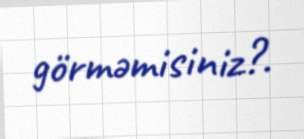
görməmisiniz?.